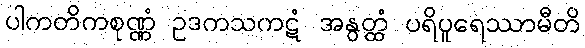
ပါကတိကစုဏ္ဏံ ဥဒကသကဋံ အနွတ္ထံ ပရိပူရေဿာမီတိ